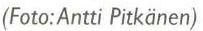
(Foto:Antti Pitkänen)